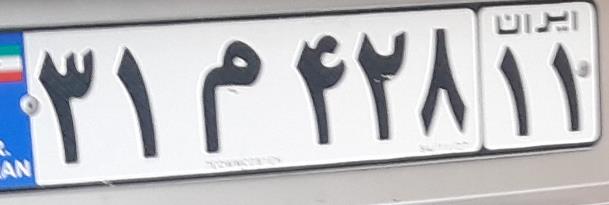
۳۱م۴۲۸۱۱